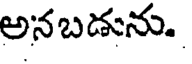
అనబడును.